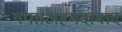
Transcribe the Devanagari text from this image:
गया।अहमदाबाद